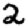
Digit: 2